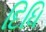
દિધિ